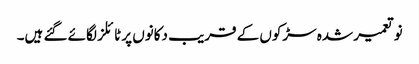
نو تعمیر شدہ سڑکوں کے قریب دکانوں پر ٹائلز لگائے گئے ہیں۔